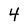
Character: 4